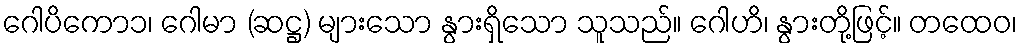
ဂေါပိကော၁၊ ဂေါမာ (ဆဋ္ဌ) များသော နွားရှိသော သူသည်။ ဂေါဟိ၊ နွားတို့ဖြင့်။ တထေဝ၊